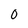
Character: O